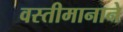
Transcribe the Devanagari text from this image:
वस्तीमानाने